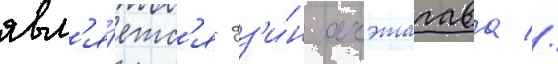
явл'я́етс'я дз'и́н акэтагава //